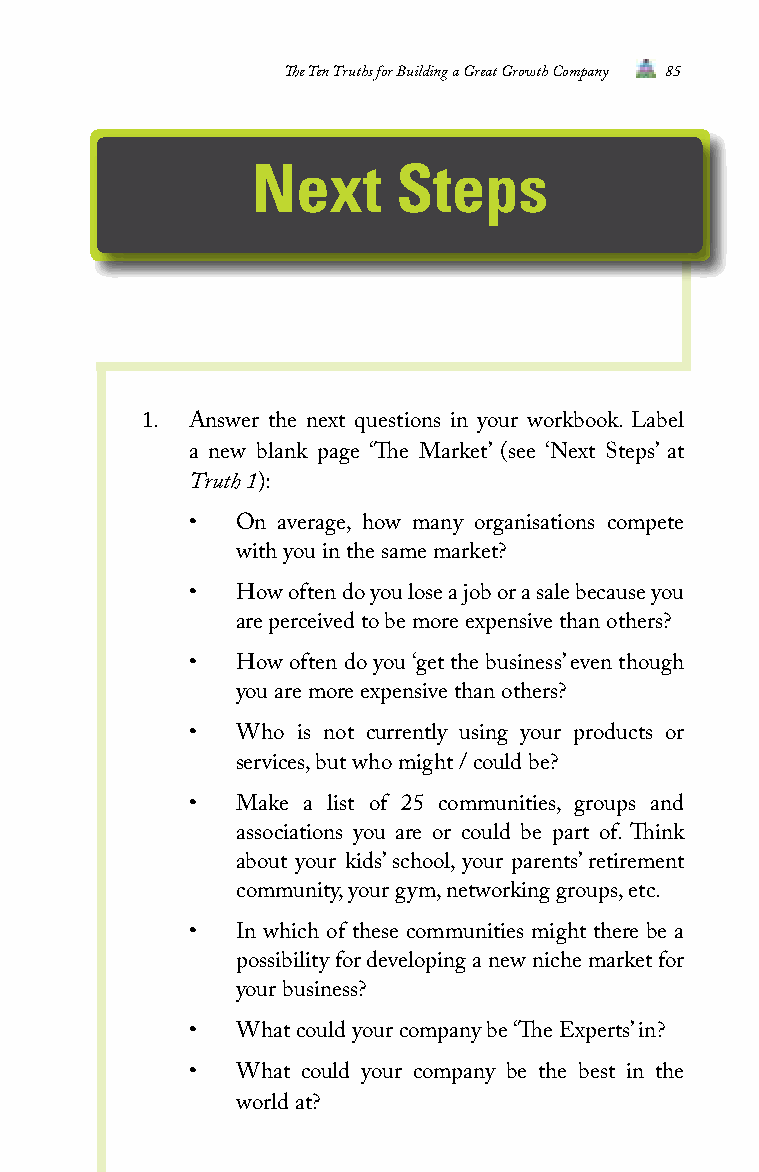
The Ten Truths for Building a Great Growth Company 85
 Next     Steps
 1.  Answer the next questions in your workbook. Label
 a new blank page ‘The Market’ (see ‘Next Steps’ at
 Truth 1):
 •  On average, how many organisations compete
 with you in the same market?
 •  How often do you lose a job or a sale because you
 are perceived to be more expensive than others?
 •  How often do you ‘get the business’ even though
 you are more expensive than others?
 •  Who is not currently using your products or
 services, but who might / could be?
 •  Make a list of 25 communities, groups and
 associations you are or could be part of. Think
 about your kids’ school, your parents’ retirement
 community, your gym, networking groups, etc.
 •  In which of these communities might there be a
 possibility for developing a new niche market for
 your business?
 •  What could your company be ‘The Experts’ in?
 •  What could your company be the best in the
 world at?